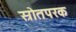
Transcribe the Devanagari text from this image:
स्रोतपरक